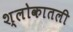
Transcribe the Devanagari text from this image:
श्लोकातली